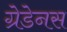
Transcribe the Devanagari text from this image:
ग्रेडेनस